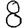
Digit: 8